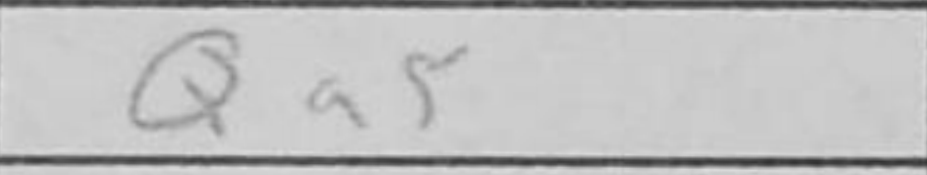
Transcription: Qa5